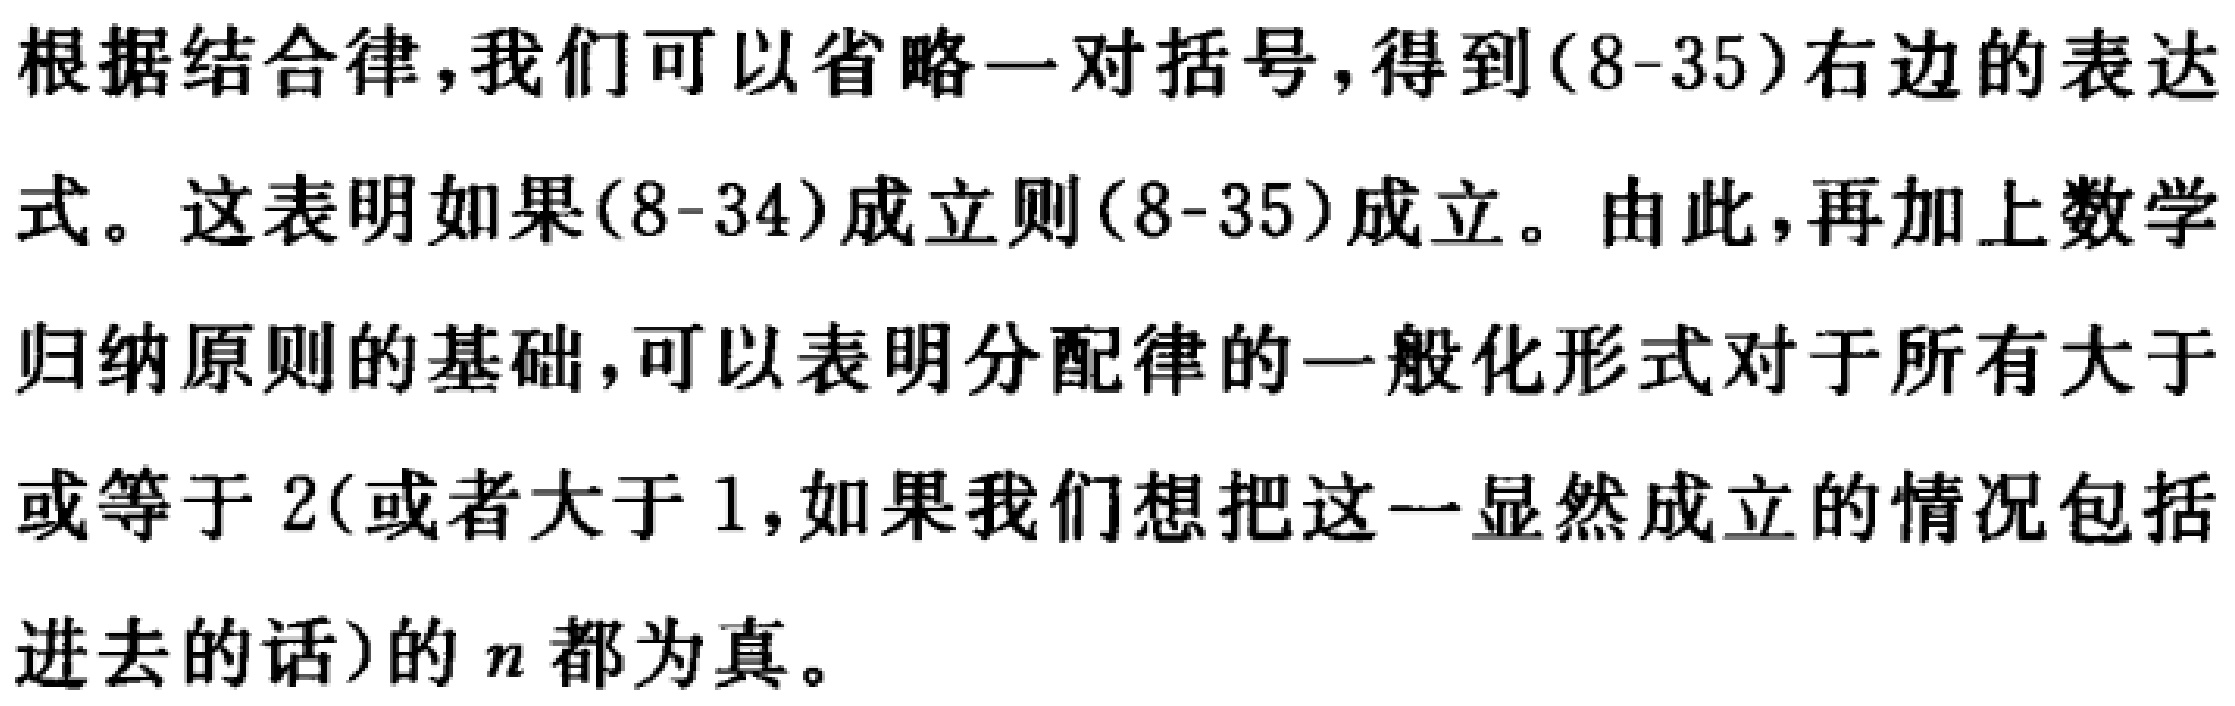
根据结合律，我们可以省略一对括号，得到\((8 - 35)\)右边的表达式。这表明如果\((8 - 34)\)成立则\((8 - 35)\)成立。由此，再加上数学归纳原则的基础，可以表明分配律的一般化形式对于所有大于或等于 \(2\)(或者大于 \(1\)，如果我们想把这一显然成立的情况包括进去的话)的 \(n\) 都为真。